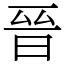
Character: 晉